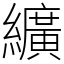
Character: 纊